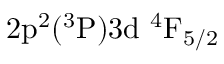
\mathrm { 2 p ^ { 2 } ( ^ { 3 } P ) 3 d ~ ^ { 4 } F _ { 5 / 2 } }